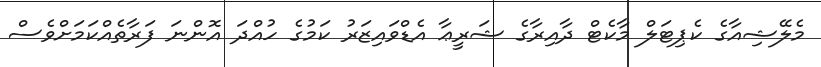
މެލޭޝިއާގެ ކެޕިޓަލް މާކެޓް ދާއިރާގެ ޝަރީޢާ އެޑްވައިޒަރު ކަމުގެ ހުއްދަ އޮންނަ ފަރާތެއްކަމަށްވެސް